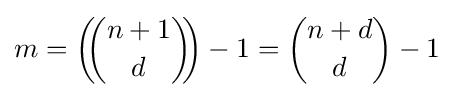
m=\left(\!\!{n+1 \choose d}\!\!\right)-1={n+d \choose d}-1